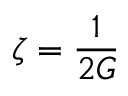
\zeta = \frac { 1 } { 2 G }